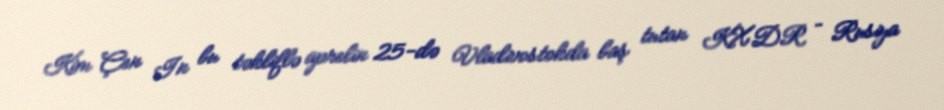
Kim Çen In bu təkliflə aprelin 25-də Vladivostokda baş tutan KXDR – Rusiya